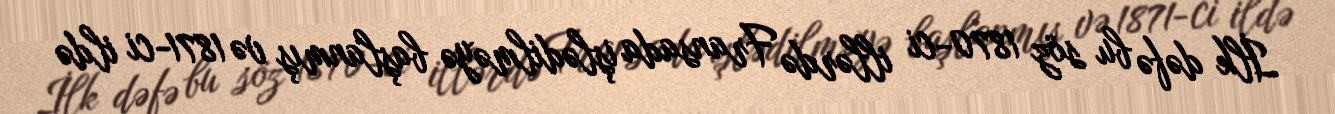
İlk dəfə bu söz 1870-ci illərdə Fransada işlədilməyə başlanmış və 1871-ci ildə